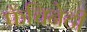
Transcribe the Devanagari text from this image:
फॅचिनेटी